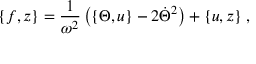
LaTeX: \{ f , z \} = \frac { 1 } { \omega ^ { 2 } } \left( \{ \Theta , u \} - 2 \dot { \Theta } ^ { 2 } \right) + \{ u , z \} \; ,